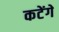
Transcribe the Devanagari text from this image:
कटेंगे